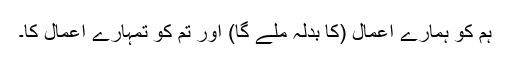
ہم کو ہمارے اعمال (کا بدلہ ملے گا) اور تم کو تمہارے اعمال کا۔